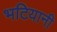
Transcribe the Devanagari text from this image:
भटियानी